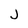
Character: J